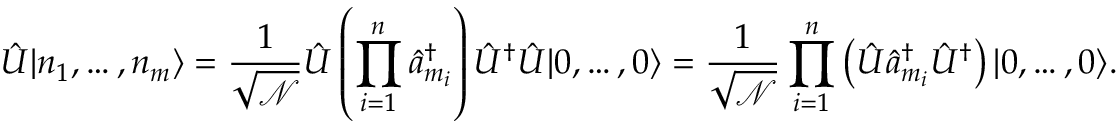
\hat { U } | n _ { 1 } , \dots , n _ { m } \rangle = \frac { 1 } { \sqrt { \mathcal { N } } } \hat { U } \left( \prod _ { i = 1 } ^ { n } \hat { a } _ { m _ { i } } ^ { \dag } \right) \hat { U } ^ { \dag } \hat { U } | 0 , \dots , 0 \rangle = \frac { 1 } { \sqrt { \mathcal { N } } } \prod _ { i = 1 } ^ { n } \left( \hat { U } \hat { a } _ { m _ { i } } ^ { \dag } \hat { U } ^ { \dag } \right) | 0 , \dots , 0 \rangle .